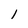
Character: l